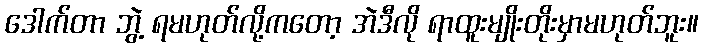
ဒေါက်တာ ဘွဲ့ ရမဟုတ်လို့ကတော့ အဲဒီလို ရာထူးမျိုးတိုးမှာမဟုတ်ဘူး။